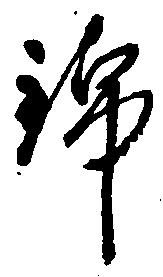
錦